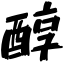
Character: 醇